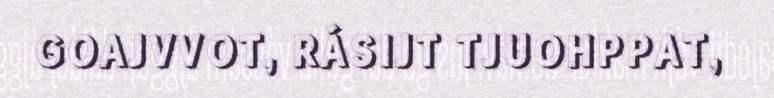
GOAJVVOT, RÁSIJT TJUOHPPAT,